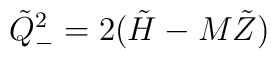
\tilde{Q}_{-}^{2}=2(\tilde{H}-M\tilde{Z})